Report on the lunatic asylums under the Government of Bombay - 1904-1913
Year: 1904
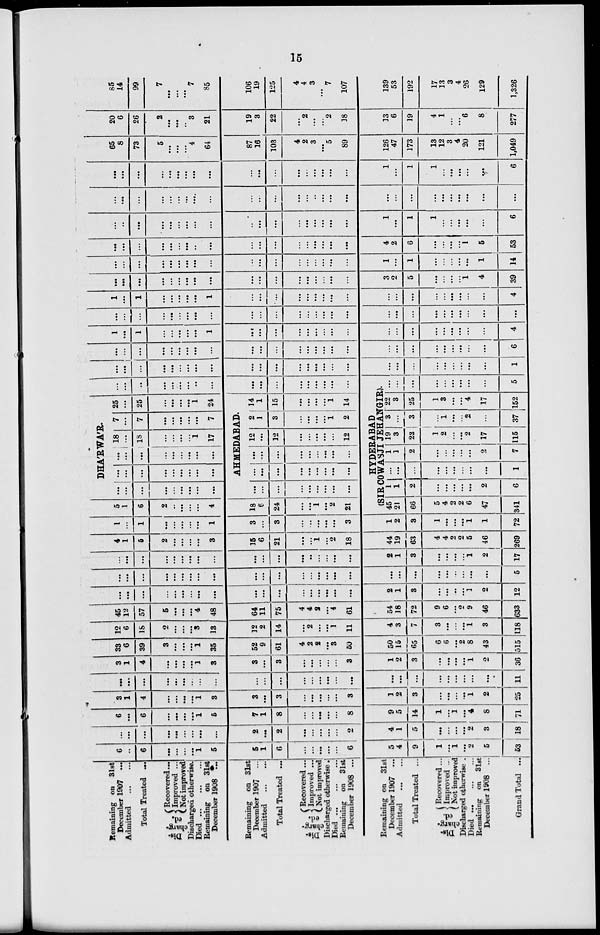
15
Remaining on 31st
December 1907 ...
Admitted ... ...
Total Treated ...
Dis-
charg-
ed.
Recovered...
Improved ...
Not improved
Discharged otherwise.
Died ... ... ...
Remaining on 31st
December 1908 ...
Remaining on 31st
December 1907 ...
Admitted ... ...
Total Treated ...
Dis-
charg-
ed.
Recovered...
Improved ...
Not improved
Discharged otherwise .
Died ...
...
...
Remaining on 31st
December 1908 ...
Remaining in 31st
December 1907 ...
Admitted ... ...
Total Treated ...
Dis
charg-
ed.
Recovered...
Improved ...
Not improved
Discharged otherwise .
Died ... ... ...
Remaining on 31st
December 1908 ...
Grand Total ...
6
...
6
...
...
...
...
1
5
5
1
6
...
...
...
...
...
6
5
4
9
1
...
1
...
2
5
53
...
...
...
...
...
...
...
...
...
2
...
2
...
...
...
...
...
2
4
1
5
...
...
...
...
2
3
18
6
...
6
...
...
...
...
1
5
7
1
8
...
...
...
...
...
8
9
5
14
1
...
1
...
4
8
71
3
1
4
...
...
...
...
1
3
3
...
3
...
...
...
...
...
3
1
2
3
...
...
...
...
1
2
25
...
...
...
...
...
...
...
...
...
...
...
...
...
...
...
...
...
...
...
...
...
...
...
...
...
...
...
11
3
1
4
...
...
...
...
1
3
3
...
3
...
...
...
...
...
3
1
2
3
...
...
...
...
1
2
36
33
6
39
3
...
...
...
1
35
52
9
61
4
2
2
...
3
50
50
15
65
6
6
...
2
8
43
515
12
6
18
2
...
...
...
3
13
32
2
14
...
2
...
...
1
11
4
3
7
3
...
...
...
1
3
118
45
12
57
5
...
...
...
4
48
64
11
75
4
4
2
...
4
61
54
18
72
9
6
...
2
9
46
633
...
...
...
...
...
...
...
...
...
...
...
...
...
...
...
...
...
...
2
1
3
...
...
...
...
1
2
12
...
...
...
...
...
...
...
...
...
...
...
...
...
...
...
...
...
...
...
...
...
...
...
...
...
...
...
5
...
...
...
...
...
...
...
...
...
...
...
...
...
...
...
...
...
...
2
1
3
...
...
...
...
1
2
17
4
1
6
2
...
...
...
...
3
15
6
21
...
...
1
...
2
18
44
19
63
4
4
2
2
5
46
269
1
...
1
...
...
...
...
...
1
3
...
3
...
...
...
...
...
3
1
2
3
1
...
...
...
1
1
72
5
1
6
2
..
...
...
...
4
18
6
24
...
...
1
...
2
21
DHA'RWA'R.
...
...
...
...
...
...
...
...
...
...
...
...
...
...
...
...
...
...
...
...
...
...
...
...
...
...
...
18
...
18
...
...
...
...
1
17
7
...
7
...
...
...
...
...
7
25
...
25
...
...
...
...
1
24
AHMEDABAD.
...
...
...
...
...
...
...
...
...
...
...
...
...
...
...
...
...
...
...
...
...
...
...
...
...
...
...
12
...
12
...
...
...
...
...
12
2
1
3
...
...
...
...
1
2
14
1
15
...
...
...
...
1
14
...
...
..
...
...
...
...
...
...
...
...
...
...
...
...
...
...
...
HYDERABAD
(SIR COWASJI JEHANGIR).
45
21
66
5
4
2
2
6
47
341
1
1
2
...
...
...
...
...
2
6
...
...
...
...
...
...
...
...
...
1
1
1
2
...
...
...
...
...
2
7
19
3
22
1
2
...
...
2
17
115
3
...
3
...
1
...
...
2
...
37
22
3
25
1
3
...
...
4
17
152
...
...
...
...
...
...
...
...
...
5
...
...
...
...
...
...
...
...
...
...
...
...
...
...
...
...
...
...
...
...
...
...
...
...
...
...
...
1
...
...
...
...
...
...
...
...
...
...
...
...
...
...
...
...
...
...
...
...
...
...
...
...
...
...
...
6
1
...
1
...
...
...
...
...
1
...
...
...
...
...
...
...
...
...
...
...
...
...
...
...
...
...
...
4
...
...
...
...
...
...
...
...
...
...
...
...
...
...
...
...
...
...
...
...
...
...
...
...
...
...
...
...
1
...
1
...
...
...
...
...
1
...
...
...
...
...
...
...
...
...
...
...
...
...
...
...
...
...
...
4
...
...
...
...
...
...
...
...
...
...
...
...
...
...
...
...
...
...
3
2
5
...
...
...
...
1
4
39
...
...
...
...
...
...
...
...
...
...
...
...
...
...
...
...
...
...
1
...
1
...
...
...
...
...
1
14
...
...
...
...
...
...
...
...
...
...
...
...
...
...
...
...
...
...
4
2
6
...
...
...
...
1
5
53
...
...
...
...
...
...
...
...
...
...
...
...
...
...
...
...
...
...
1
...
1
1
...
...
...
...
...
6
...
...
...
...
...
...
...
...
...
...
...
...
...
...
...
...
...
...
...
...
...
...
...
...
...
...
...
...
...
...
...
...
...
...
...
...
...
...
...
...
...
...
...
...
...
...
1
...
1
1
...
...
...
...
...
6
65
8
73
5
...
...
...
4
64
87
16
103
4
2
3
...
5
89
126
47
173
13
12
3
4
20
121
1,049
20
6
26
2
...
...
...
3
21
19
3
22
...
2
...
...
2
18
13
6
19
4
1
...
...
6
8
277
85
14
99
7
...
...
...
7
85
106
19
125
4
4
3
...
7
107
139
53
192
17
13
3
4
26
1
129
1,326